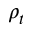
\rho _ { t }